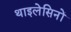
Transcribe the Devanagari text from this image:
थाइलेसिनों